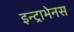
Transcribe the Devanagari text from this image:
इन्ट्राभेनस